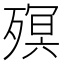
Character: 𣩆